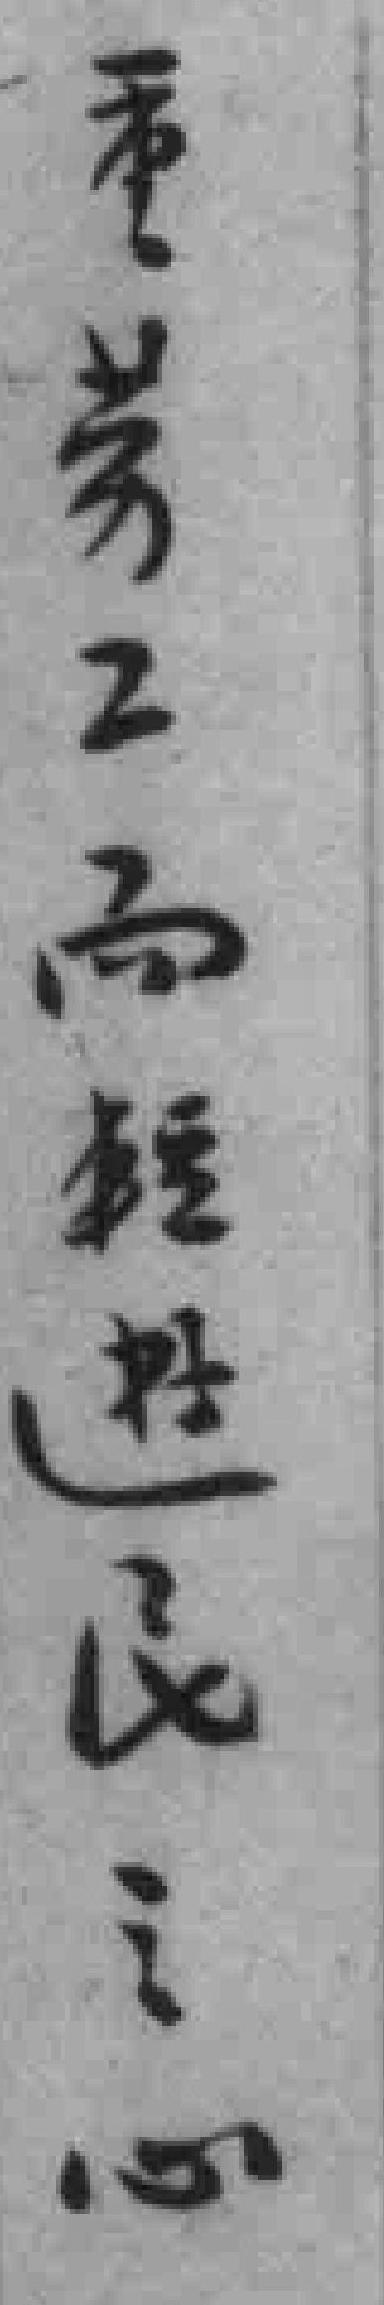
重劳工而輕遊民之心